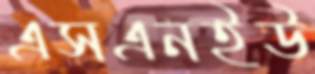
এসএনইউ